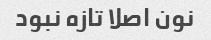
نون اصلا تازه نبود